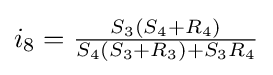
i_{8}={\tfrac {S_{3}(S_{4}+R_{4})}{S_{4}(S_{3}+R_{3})+S_{3}R_{4}}}